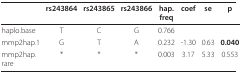
|  | rs243864 | rs243865 | rs243866 | hap.freq | coef | se | p |
 | --- | --- | --- | --- | --- | --- | --- | --- |
 | haplo.base | T | C | G | 0.766 |  |  |  |
 | mmp2hap.1 | G | T | A | 0.232 | -1.30 | 0.63 | 0.040 |
 | mmp2hap.rare | * | * | * | 0.003 | 3.17 | 5.33 | 0.553 |